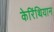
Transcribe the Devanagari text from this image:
केरिंथियान